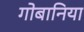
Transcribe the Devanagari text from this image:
गोबानिया